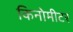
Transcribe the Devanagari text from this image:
किनोमीटर